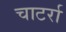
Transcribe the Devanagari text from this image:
चाटर्रा